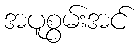
အပူစွမ်းအင်